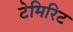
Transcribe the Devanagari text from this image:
टेमिरिट